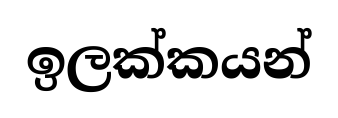
ඉලක්කයන්